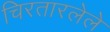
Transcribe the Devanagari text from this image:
चिरतारलेले